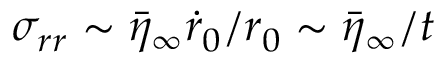
\sigma _ { r r } \sim \bar { \eta } _ { \infty } \dot { r } _ { 0 } / r _ { 0 } \sim \bar { \eta } _ { \infty } / t